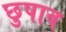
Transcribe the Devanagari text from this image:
छुपाव